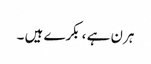
ہرن ہے ، بکرے ہیں ۔